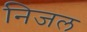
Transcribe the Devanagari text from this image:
निजल